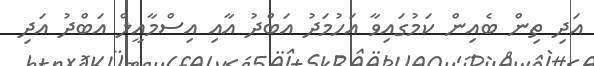
އަދި ތިން ބެއިން ކަމުގައިވާ އަހުމަދު އަބްދު އާއި އިސްމާއީލް އަބްދު އަދި